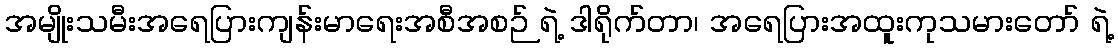
အမျိုးသမီးအရေပြားကျန်းမာရေးအစီအစဉ် ရဲ့ ဒါရိုက်တာ၊ အရေပြားအထူးကုသမားတော် ရဲ့